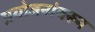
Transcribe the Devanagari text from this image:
प्रयोजनांवरून